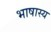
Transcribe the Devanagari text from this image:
भाषास्य